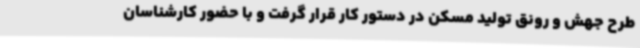
طرح جهش و رونق تولید مسکن در دستور کار قرار گرفت و با حضور کارشناسان